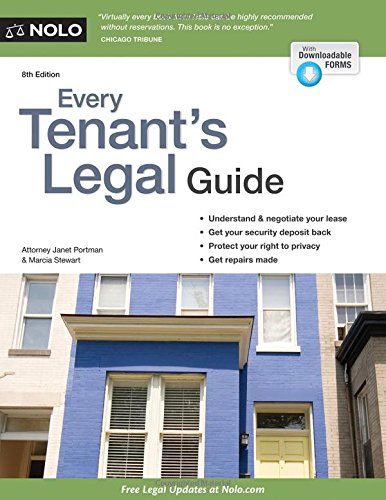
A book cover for Every Tenant's Legal Guide; Janet Portman Attorney; Business & Money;